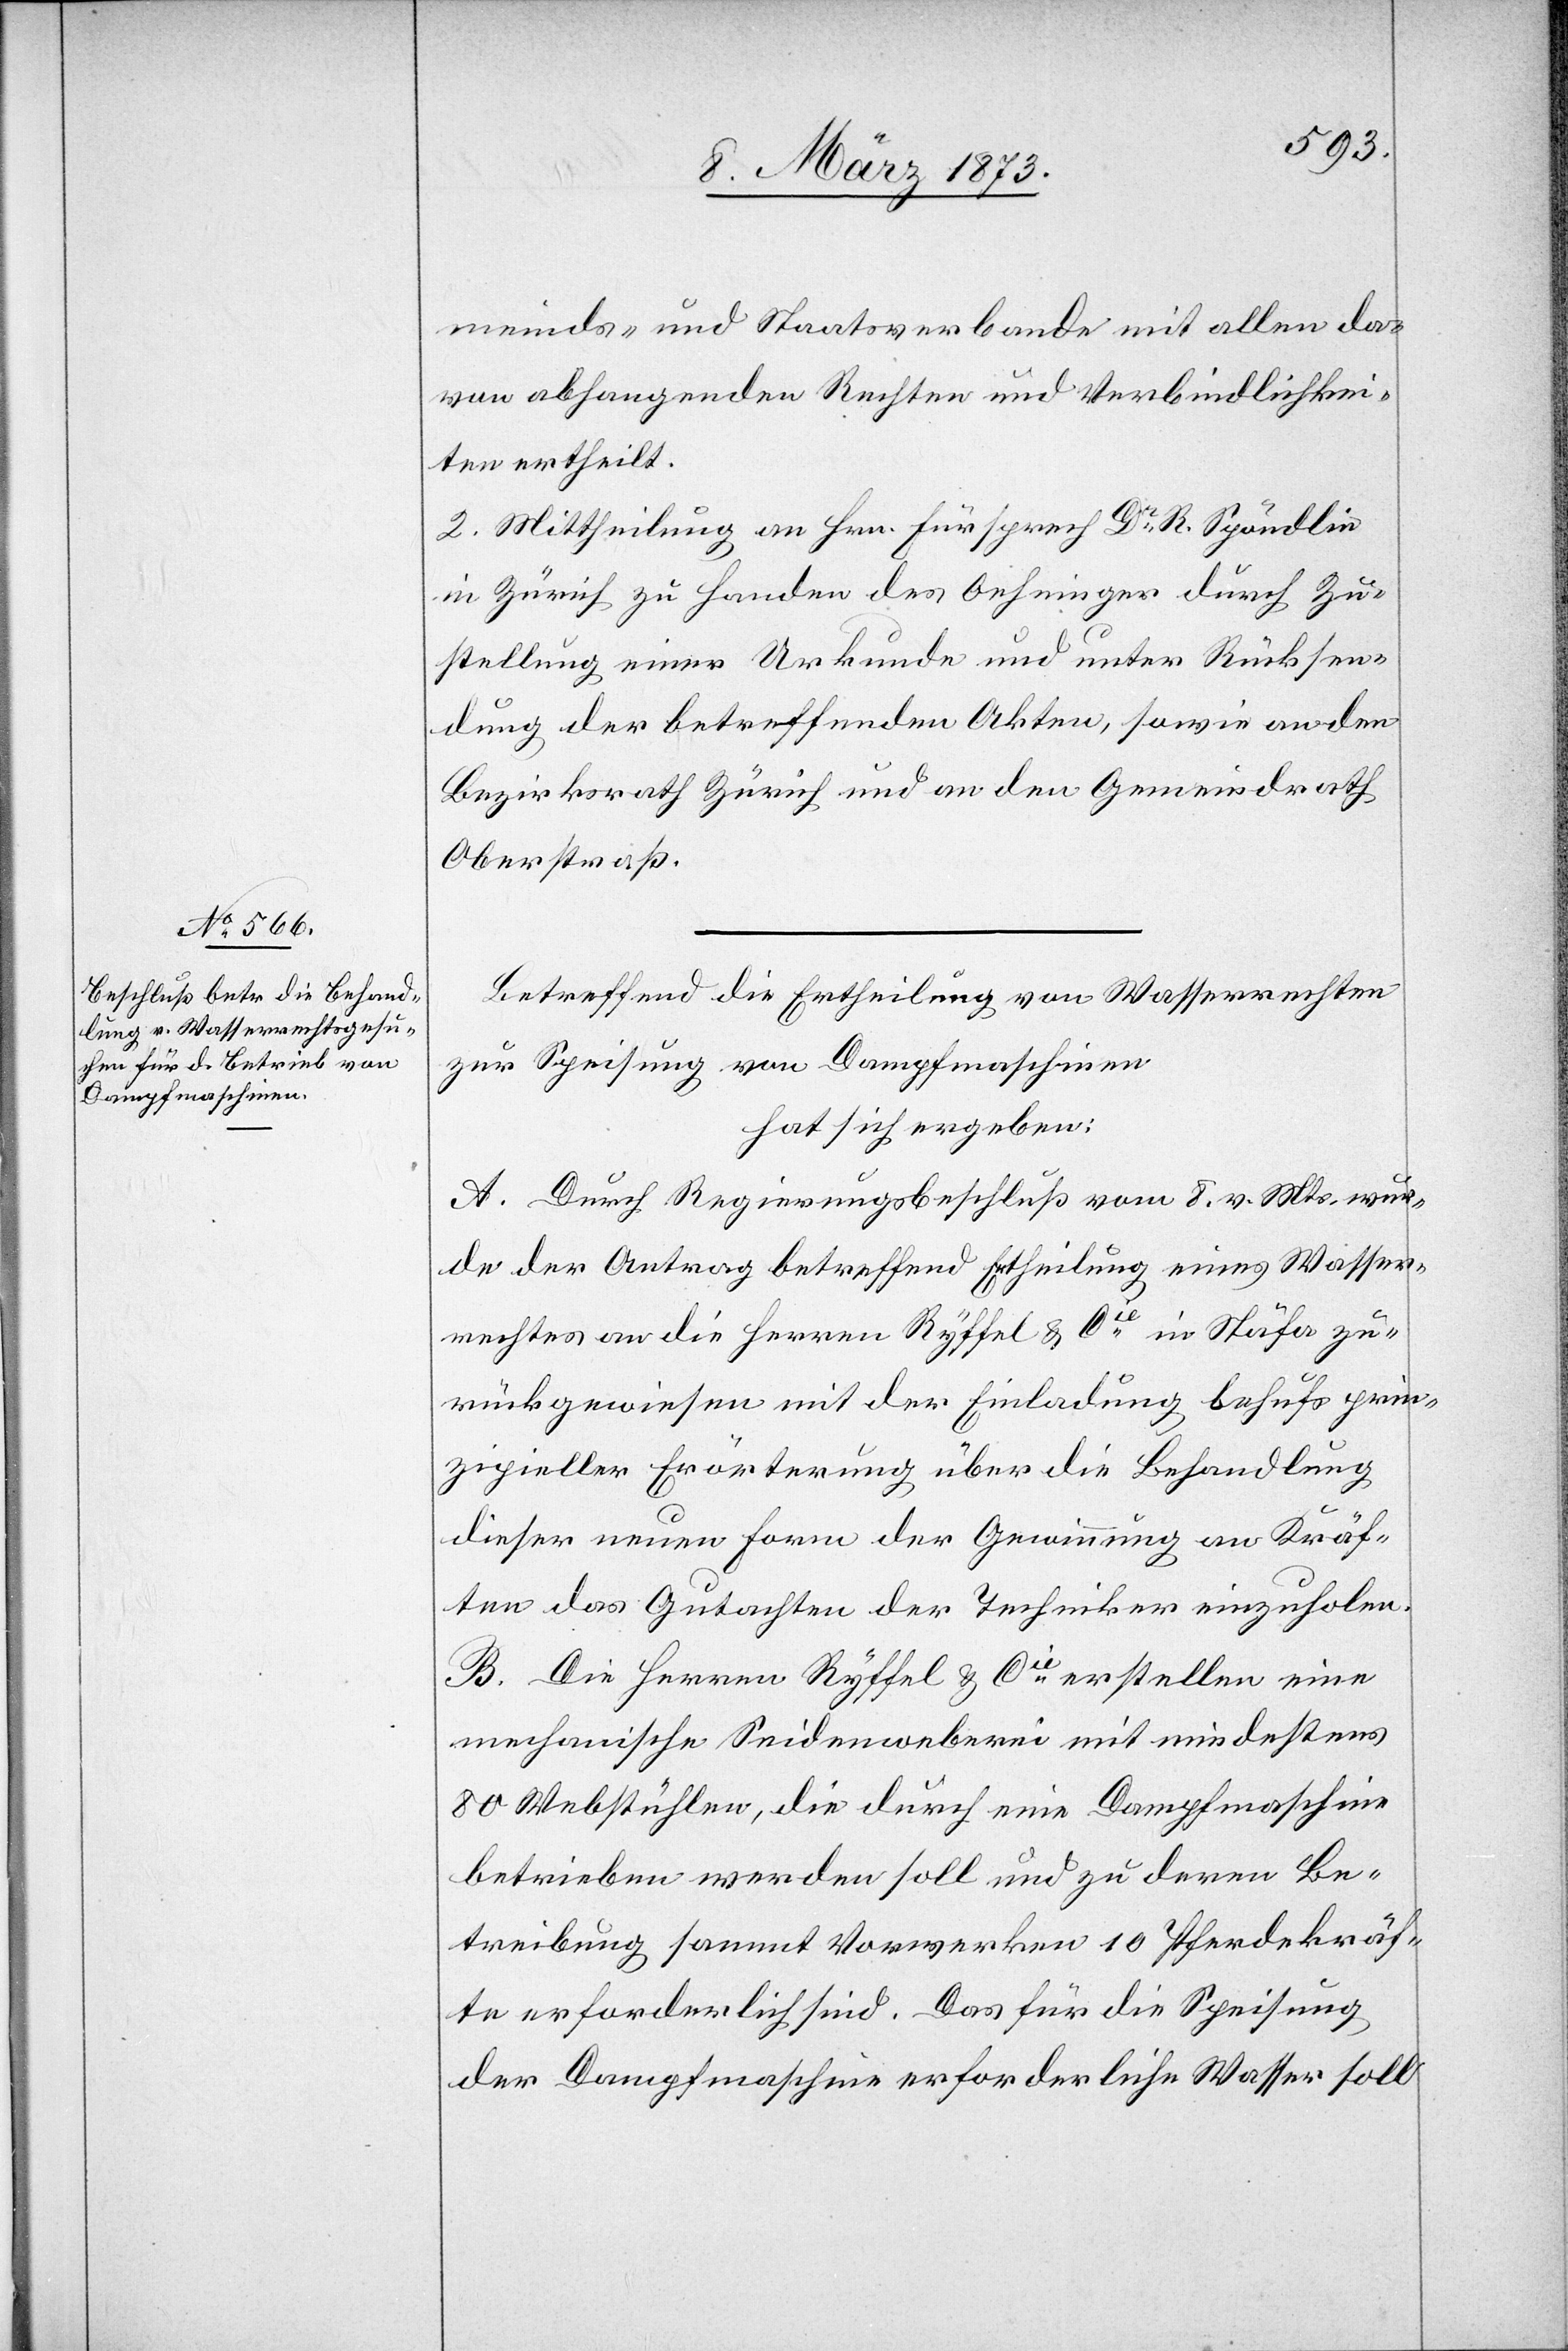
meinds- und Staatsverbande mit allen da¬
von abhangenden Rechten und Verbindlichkei¬
ten ertheilt.
2. Mittheilung an Hrn. Fürsprech Dr R. Spöndlin
in Zürich zu Handen des Oehninger durch Zu¬
stellung einer Urkunde und unter Rücksen¬
dung der betreffenden Akten, sowie an den
Bezirksrath Zürich und an den Gemeindrath
Oberstraß.
Betreffend die Ertheilung von Wasserrechten
zur Speisung von Dampfmaschinen
hat sich ergeben:
A. Durch Regierungsbeschluß vom 8. v. Mts. wur¬
de der Antrag betreffen Ertheilung eines Wasser¬
rechtes an die Herren Ryffel u. Cie in Stäfa zu¬
rückgewiesen mit der Einladung behufs prin¬
zipieller Erörterung über die Behandlung
dieser neuen Form der Gewinnung an Kräf¬
ten das Gutachten der Techniker einzuholen.
B. Die Herren Ryffel u. Cie erstellen eine
mechanische Seidenweberei mit mindestens
80 Webstühlen, die durch eine Dampfmaschine
betrieben werden soll und zu deren Be¬
treibung sammt Vorwerken 10 Pferdekräf¬
te erforderlich sind. Das für die Speisung
der Dampfmaschine erforderliche Wasser soll